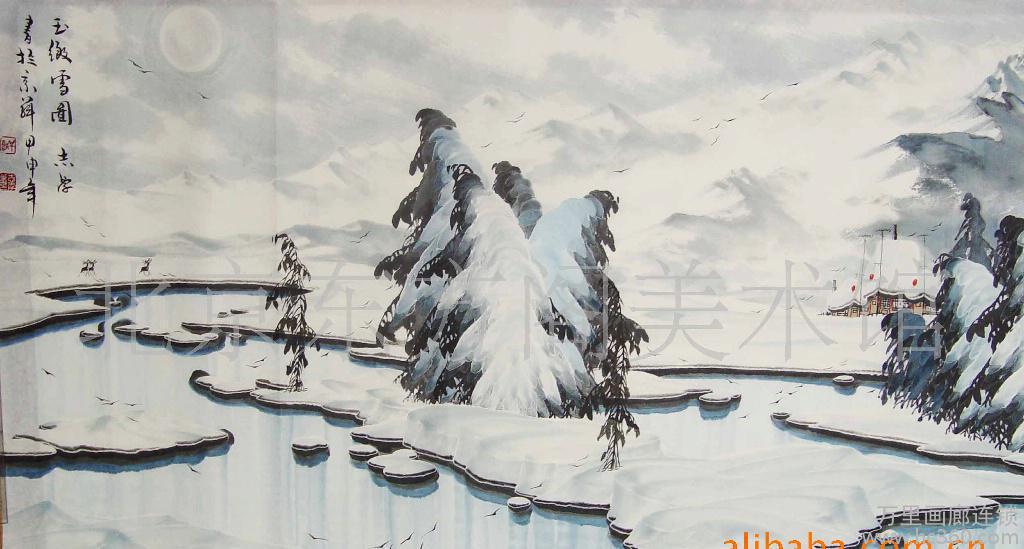
今夜不知何处宿，平沙万里绝人烟。